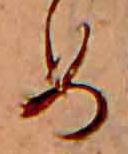
め